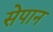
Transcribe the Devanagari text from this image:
सेपान